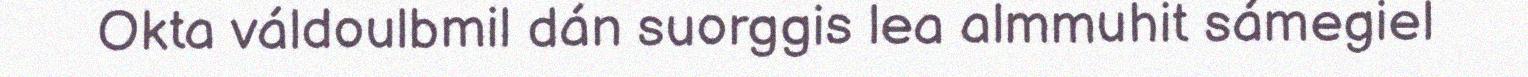
Okta váldoulbmil dán suorggis lea almmuhit sámegiel